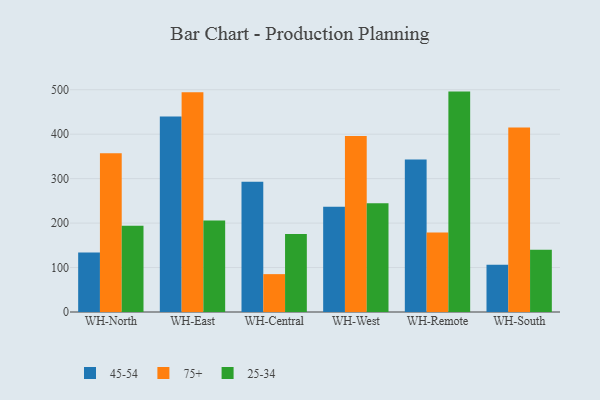
{"axis": {"x": "Warehouse", "y": "Shipments"}, "legend": ["25-34", "45-54", "75+"], "data": [{"x": "WH-North", "y": 133.8, "type": "45-54"}, {"x": "WH-North", "y": 357.0, "type": "75+"}, {"x": "WH-North", "y": 193.8, "type": "25-34"}, {"x": "WH-East", "y": 439.8, "type": "45-54"}, {"x": "WH-East", "y": 494.1, "type": "75+"}, {"x": "WH-East", "y": 205.7, "type": "25-34"}, {"x": "WH-Central", "y": 292.8, "type": "45-54"}, {"x": "WH-Central", "y": 85.2, "type": "75+"}, {"x": "WH-Central", "y": 175.5, "type": "25-34"}, {"x": "WH-West", "y": 236.5, "type": "45-54"}, {"x": "WH-West", "y": 395.8, "type": "75+"}, {"x": "WH-West", "y": 244.9, "type": "25-34"}, {"x": "WH-Remote", "y": 342.9, "type": "45-54"}, {"x": "WH-Remote", "y": 179.1, "type": "75+"}, {"x": "WH-Remote", "y": 495.8, "type": "25-34"}, {"x": "WH-South", "y": 106.3, "type": "45-54"}, {"x": "WH-South", "y": 415.0, "type": "75+"}, {"x": "WH-South", "y": 140.0, "type": "25-34"}]}